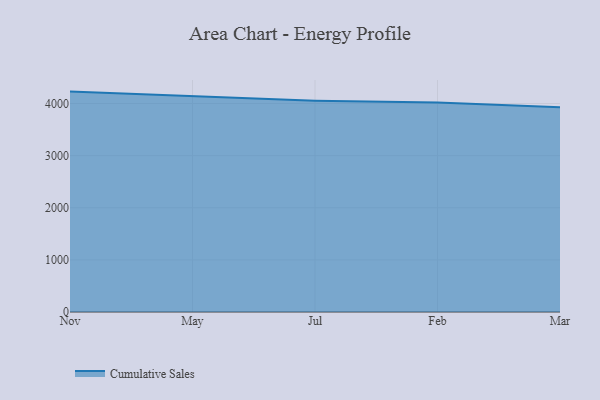
{"axis": {"x": "Month", "y": "Customer Acquisition Cost (USD)"}, "legend": ["Cumulative Sales"], "data": [{"x": "Nov", "y": 4228.3, "type": "Cumulative Sales"}, {"x": "May", "y": 4146.8, "type": "Cumulative Sales"}, {"x": "Jul", "y": 4054.5, "type": "Cumulative Sales"}, {"x": "Feb", "y": 4018.4, "type": "Cumulative Sales"}, {"x": "Mar", "y": 3927.1, "type": "Cumulative Sales"}]}